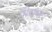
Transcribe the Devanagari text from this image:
पीराचा